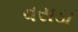
વસડા